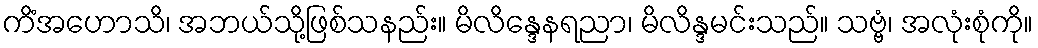
ကိံအဟောသိ၊ အဘယ်သို့ဖြစ်သနည်း။ မိလိန္ဒေနရညာ၊ မိလိန္ဒမင်းသည်။ သဗ္ဗံ၊ အလုံးစုံကို။